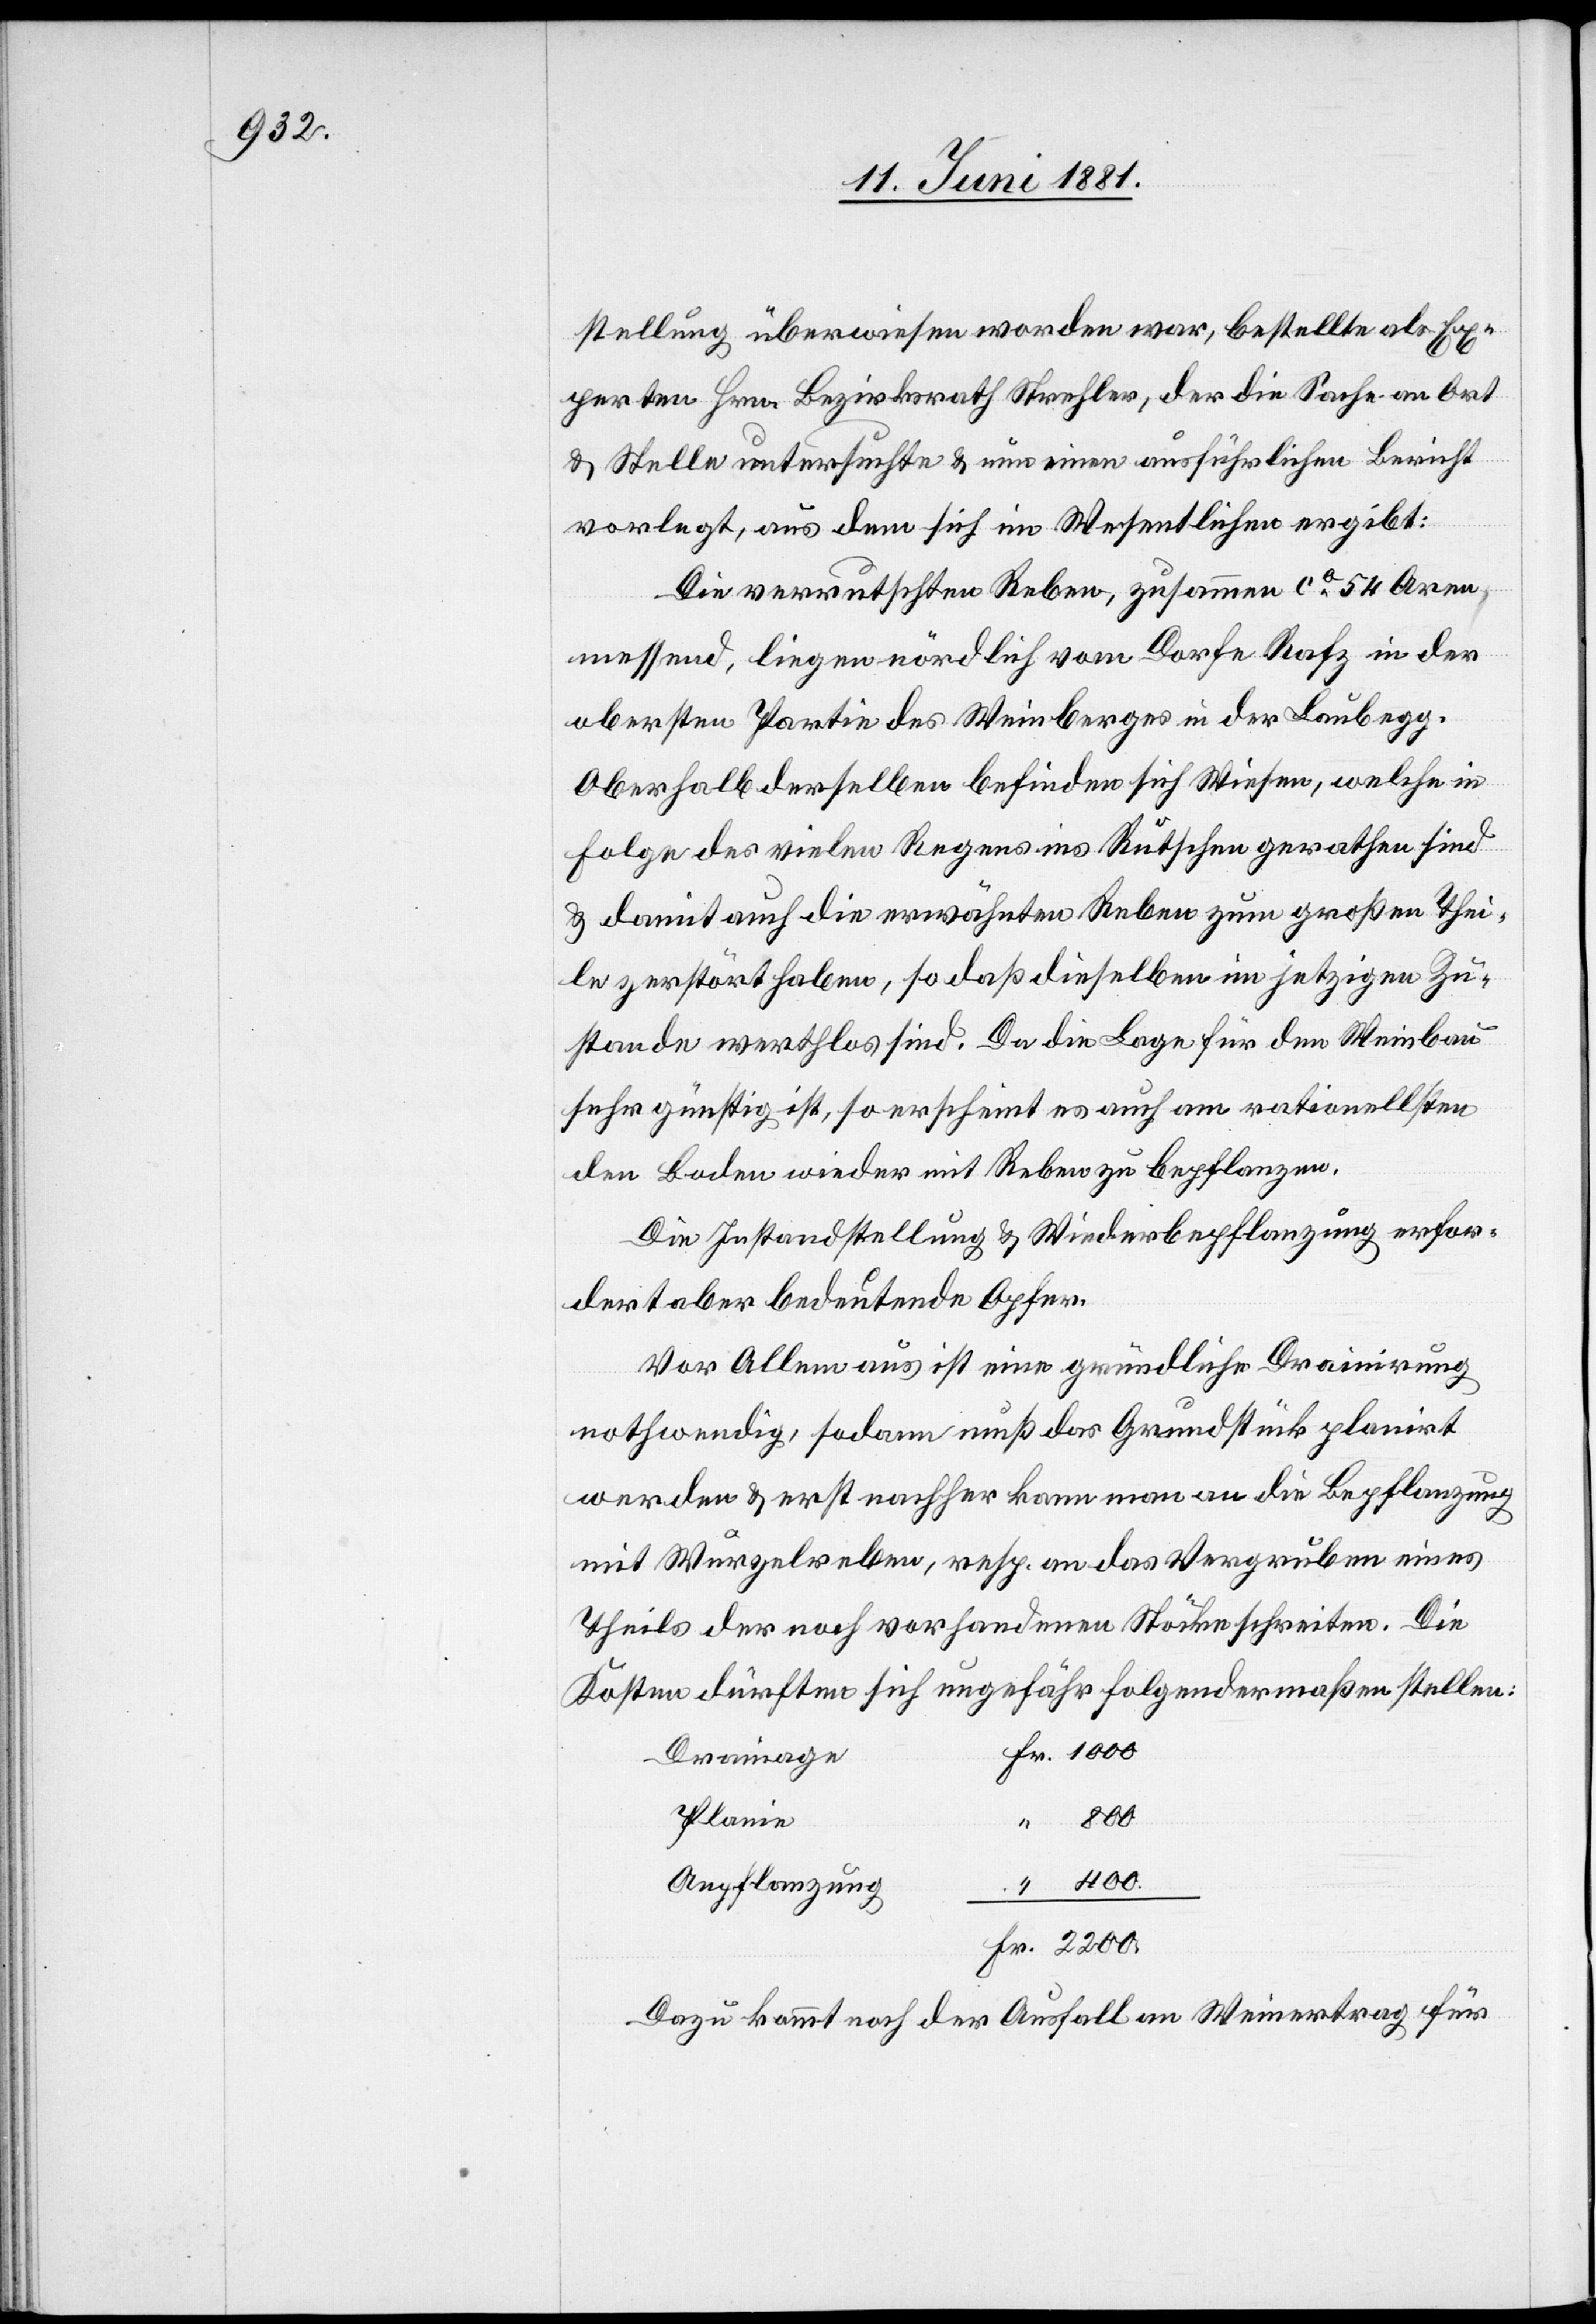
stellung überwiesen worden war, bestellte als Ex¬
perten Hrn. Bezirksrath Strehler, der die Sache an Ort
& Stelle untersuchte & nun einen ausführlichen Bericht
vorlegt, aus dem sich im Wesentlichen ergibt:
Die verrutschten Reben, zusammen ca 54 Aren
messend, liegen nördlich vom Dorfe Rafz in der
obersten Partie des Weinberges in der Laubegg.
Oberhalb derselben befinden sich Wiesen, welche in
Folge des vielen Regens ins Rutschen gerathen sind
& damit auch die erwähnten Reben zum großen Thei¬
le zerstört haben, so daß dieselben im jetzigen Zu¬
stande werthlos sind. Da die Lage für den Weinbau
sehr günstig ist, so erscheint es auch am rationellst¬
en, Boden wieder mit Reben zu bepflanzen.
Die Instandstellung & Wiederbepflanzung erfor¬
dert aber bedeutende Opfer.
Vor Allem aus ist eine gründliche Drainirung
nothwendig, sodann muß das Grundstück planirt
werden & erst nachher kann man an die Bepflanzung
mit Wurgelreben, resp. an das Vergruben eines
Theils der noch vorhandenen Stöcke schreiten. Die
Kosten dürften sich ungefähr folgendermaßen stellen:
Drainage
Planie
Fr.
“
2200
Anpflanzung
Dazu kommt noch der Ausfall an Weinertrag für